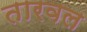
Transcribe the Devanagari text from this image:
तारवल